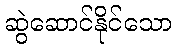
ဆွဲဆောင်နိုင်သော